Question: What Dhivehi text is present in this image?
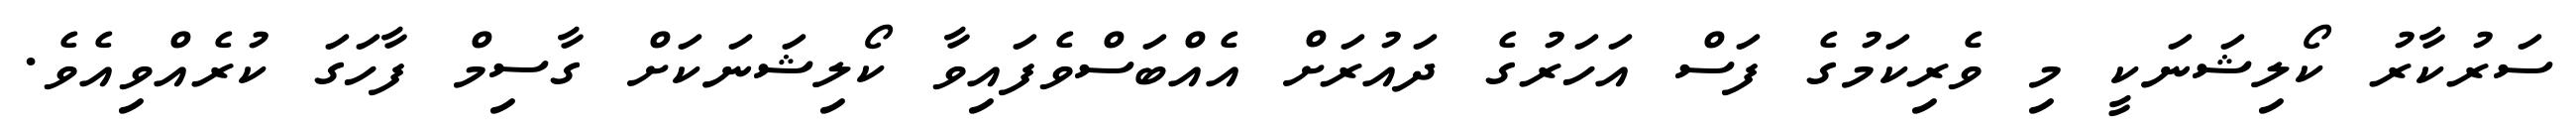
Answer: ސަރުކާރު ކޯލިޝަނަކީ މި ވެރިކަމުގެ ފަސް އަހަރުގެ ދައުރަށް އެއްބަސްވެފައިވާ ކޯލިޝަނަކަށް ގާސިމް ފާހަގަ ކުރެއްވިއެވެ.